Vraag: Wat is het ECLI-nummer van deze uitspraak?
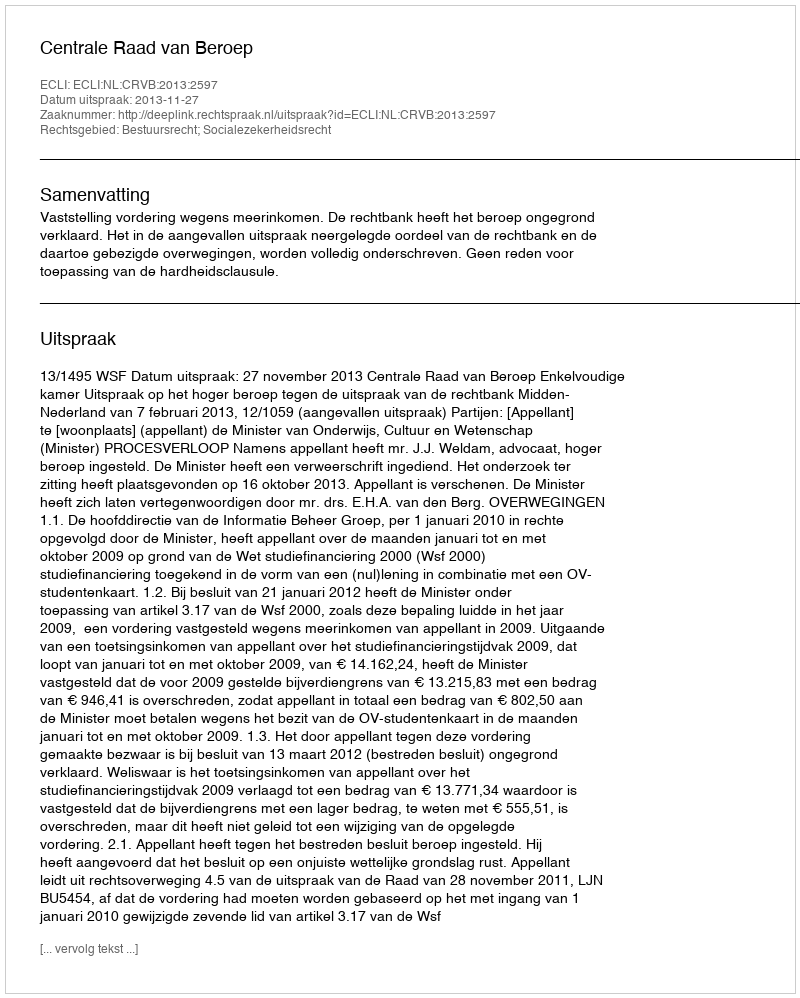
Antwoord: ECLI:NL:CRVB:2013:2597